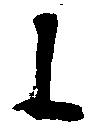
に